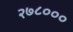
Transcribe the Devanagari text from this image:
२७८०००